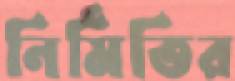
নির্মিতির